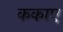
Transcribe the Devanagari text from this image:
ककाए